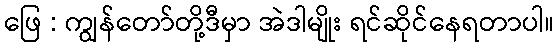
ဖြေ : ကျွန်တော်တို့ဒီမှာ အဲဒါမျိုး ရင်ဆိုင်နေရတာပါ။